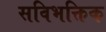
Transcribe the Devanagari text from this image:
सविभक्तिक